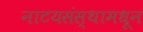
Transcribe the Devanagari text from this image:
नाटयसंस्थामधून